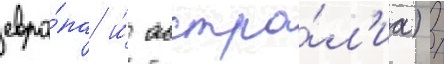
евро́па и́ австра́л'иа) /